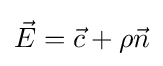
{\textstyle {\vec {E}}={\vec {c}}+\rho {\vec {n}}}